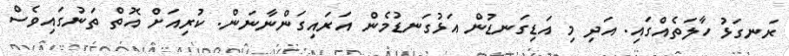
ރަނގަޅު ހާލަތެއްގައި. އަދި މި އަޑިގަނޑުން އަޅުގަނޑުމެން އަރައިގަންނާނަން. ކުރިއަށް އޮތް ތަނުގައިވެސް